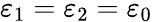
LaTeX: \varepsilon_{1}=\varepsilon_{2}=\varepsilon_{0}